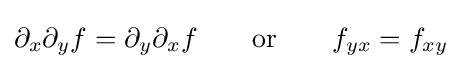
\partial _{x}\partial _{y}f=\partial _{y}\partial _{x}f\qquad {\text{or}}\qquad f_{yx}=f_{xy}